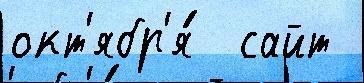
окт'ябр'я́  сайт